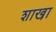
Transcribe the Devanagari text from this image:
शाखा़